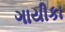
ગાયીકા